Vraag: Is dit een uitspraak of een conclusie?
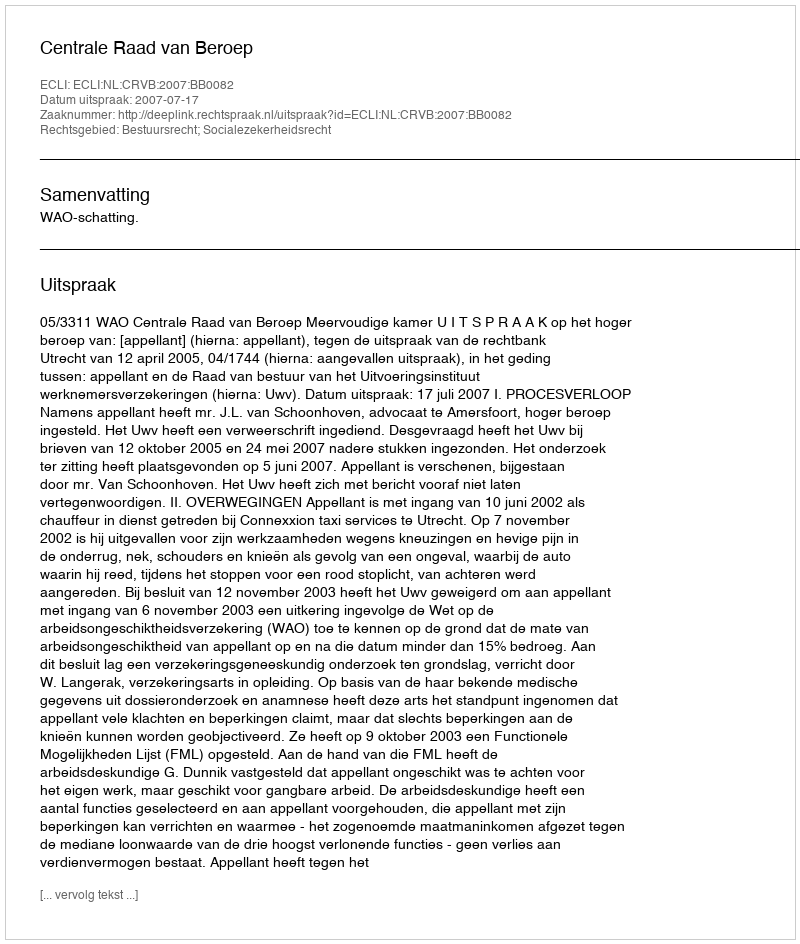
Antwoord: Uitspraak